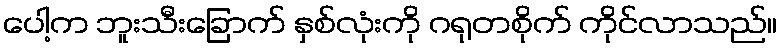
ပေါ့က ဘူးသီးခြောက် နှစ်လုံးကို ဂရုတစိုက် ကိုင်လာသည်။